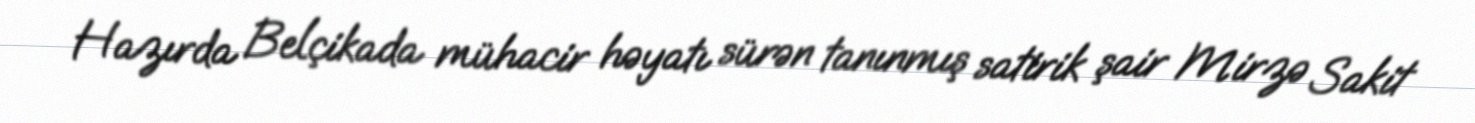
Hazırda Belçikada mühacir həyatı sürən tanınmış satirik şair Mirzə Sakit